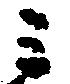
ミ